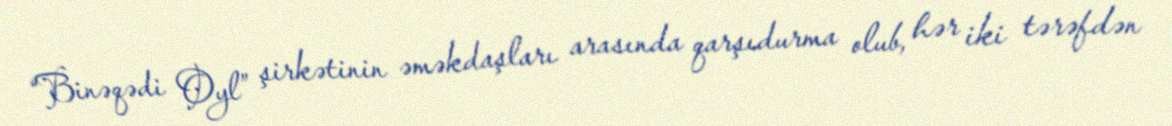
“Binəqədi Oyl” şirkətinin əməkdaşları arasında qarşıdurma olub, hər iki tərəfdən